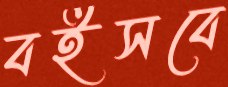
বইসবে